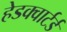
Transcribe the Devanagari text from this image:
हेडक्वार्टर्ड